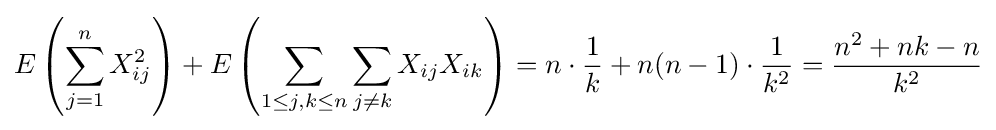
E\left(\sum _{j=1}^{n}X_{ij}^{2}\right)+E\left(\sum _{1\leq j,k\leq n}\sum _{j\neq k}X_{ij}X_{ik}\right)=n\cdot {\frac {1}{k}}+n(n-1)\cdot {\frac {1}{k^{2}}}={\frac {n^{2}+nk-n}{k^{2}}}